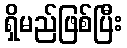
ရှိမည်ဖြစ်ပြီး